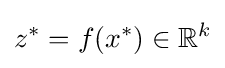
z^{*}=f(x^{*})\in \mathbb {R} ^{k}